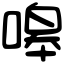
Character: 嗥